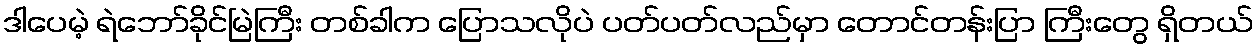
ဒါပေမဲ့ ရဲဘော်ခိုင်မြဲကြီး တစ်ခါက ပြောသလိုပဲ ပတ်ပတ်လည်မှာ တောင်တန်းပြာ ကြီးတွေ ရှိတယ်